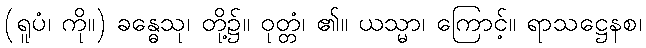
(ရူပံ၊ ကို။) ခန္ဓေသု၊ တို့၌။ ဝုတ္တံ၊ ၏။ ယသ္မာ၊ ကြောင့်။ ရာသဋ္ဌေနစ၊